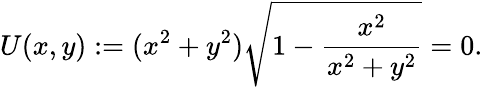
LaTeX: U(x,y):=(x^{2}+y^{2}){\sqrt{1-{\frac{x^{2}}{x^{2}+y^{2}}}}}=0.